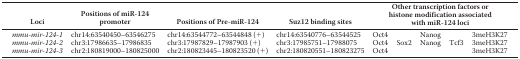
<table><thead><tr><td><b>Loci</b></td><td><b>Positions of miR-124 promoter</b></td><td><b>Positions of Pre-miR-124</b></td><td><b>Suz12 binding sites</b></td><td colspan="5"><b>Other transcription factors or histone modification associated with miR-124 loci</b></td></tr></thead><tbody><tr><td><i>mmu-mir-124-1</i></td><td>chr14:63540450–63546275</td><td>chr14:63544772–63544848 (+)</td><td>chr14:63540776–63544525</td><td>Oct4</td><td></td><td>Nanog</td><td></td><td>3meH3K27</td></tr><tr><td><i>mmu-mir-124-2</i></td><td>chr3:17986635–17986835</td><td>chr3:17987829–17987903 (+)</td><td>chr3:17985751–17988075</td><td>Oct4</td><td>Sox2</td><td>Nanog</td><td>Tcf3</td><td>3meH3K27</td></tr><tr><td><i>mmu-mir-124-3</i></td><td>chr2:180819000–180825000</td><td>chr2:180823445–180823520 (+)</td><td>chr2:180820551–180823275</td><td>Oct4</td><td></td><td></td><td></td><td>3meH3K27</td></tr></tbody></table>